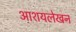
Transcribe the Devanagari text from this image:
आशयलेखन